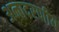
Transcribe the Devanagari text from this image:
अनादरणीय